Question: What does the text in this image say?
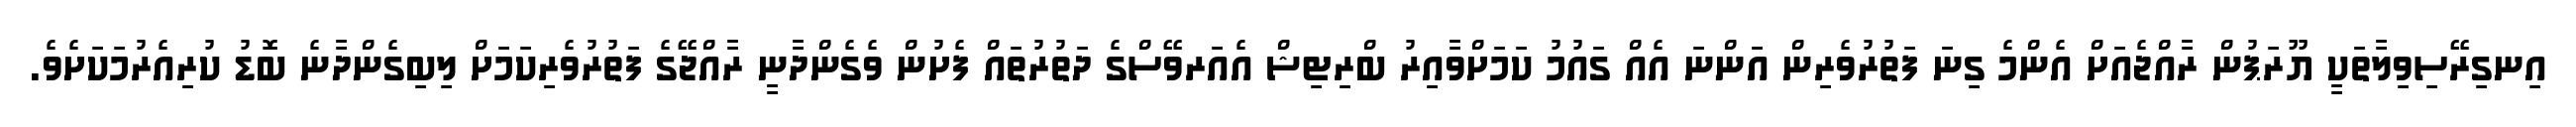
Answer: އިނގިރޭސިވިލާތަކީ ޔޫރަޕުން ރާއްޖެއަށް އެންމެ ގިނަ ފަތުރުވެރިން އަންނަ އެއް ގައުމު ކަމަށްވާއިރު ބްރިޓިޝް އެއަރވޭސްގެ ދަތުރުތައް ފެށުން ވެގެންދާނީ ރާއްޖޭގެ ފަތުރުވެރިކަމަށް ލިބިގެންދާނެ ބޮޑު ކުރިއެރުމަކަށެވެ.